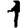
Digit: 1